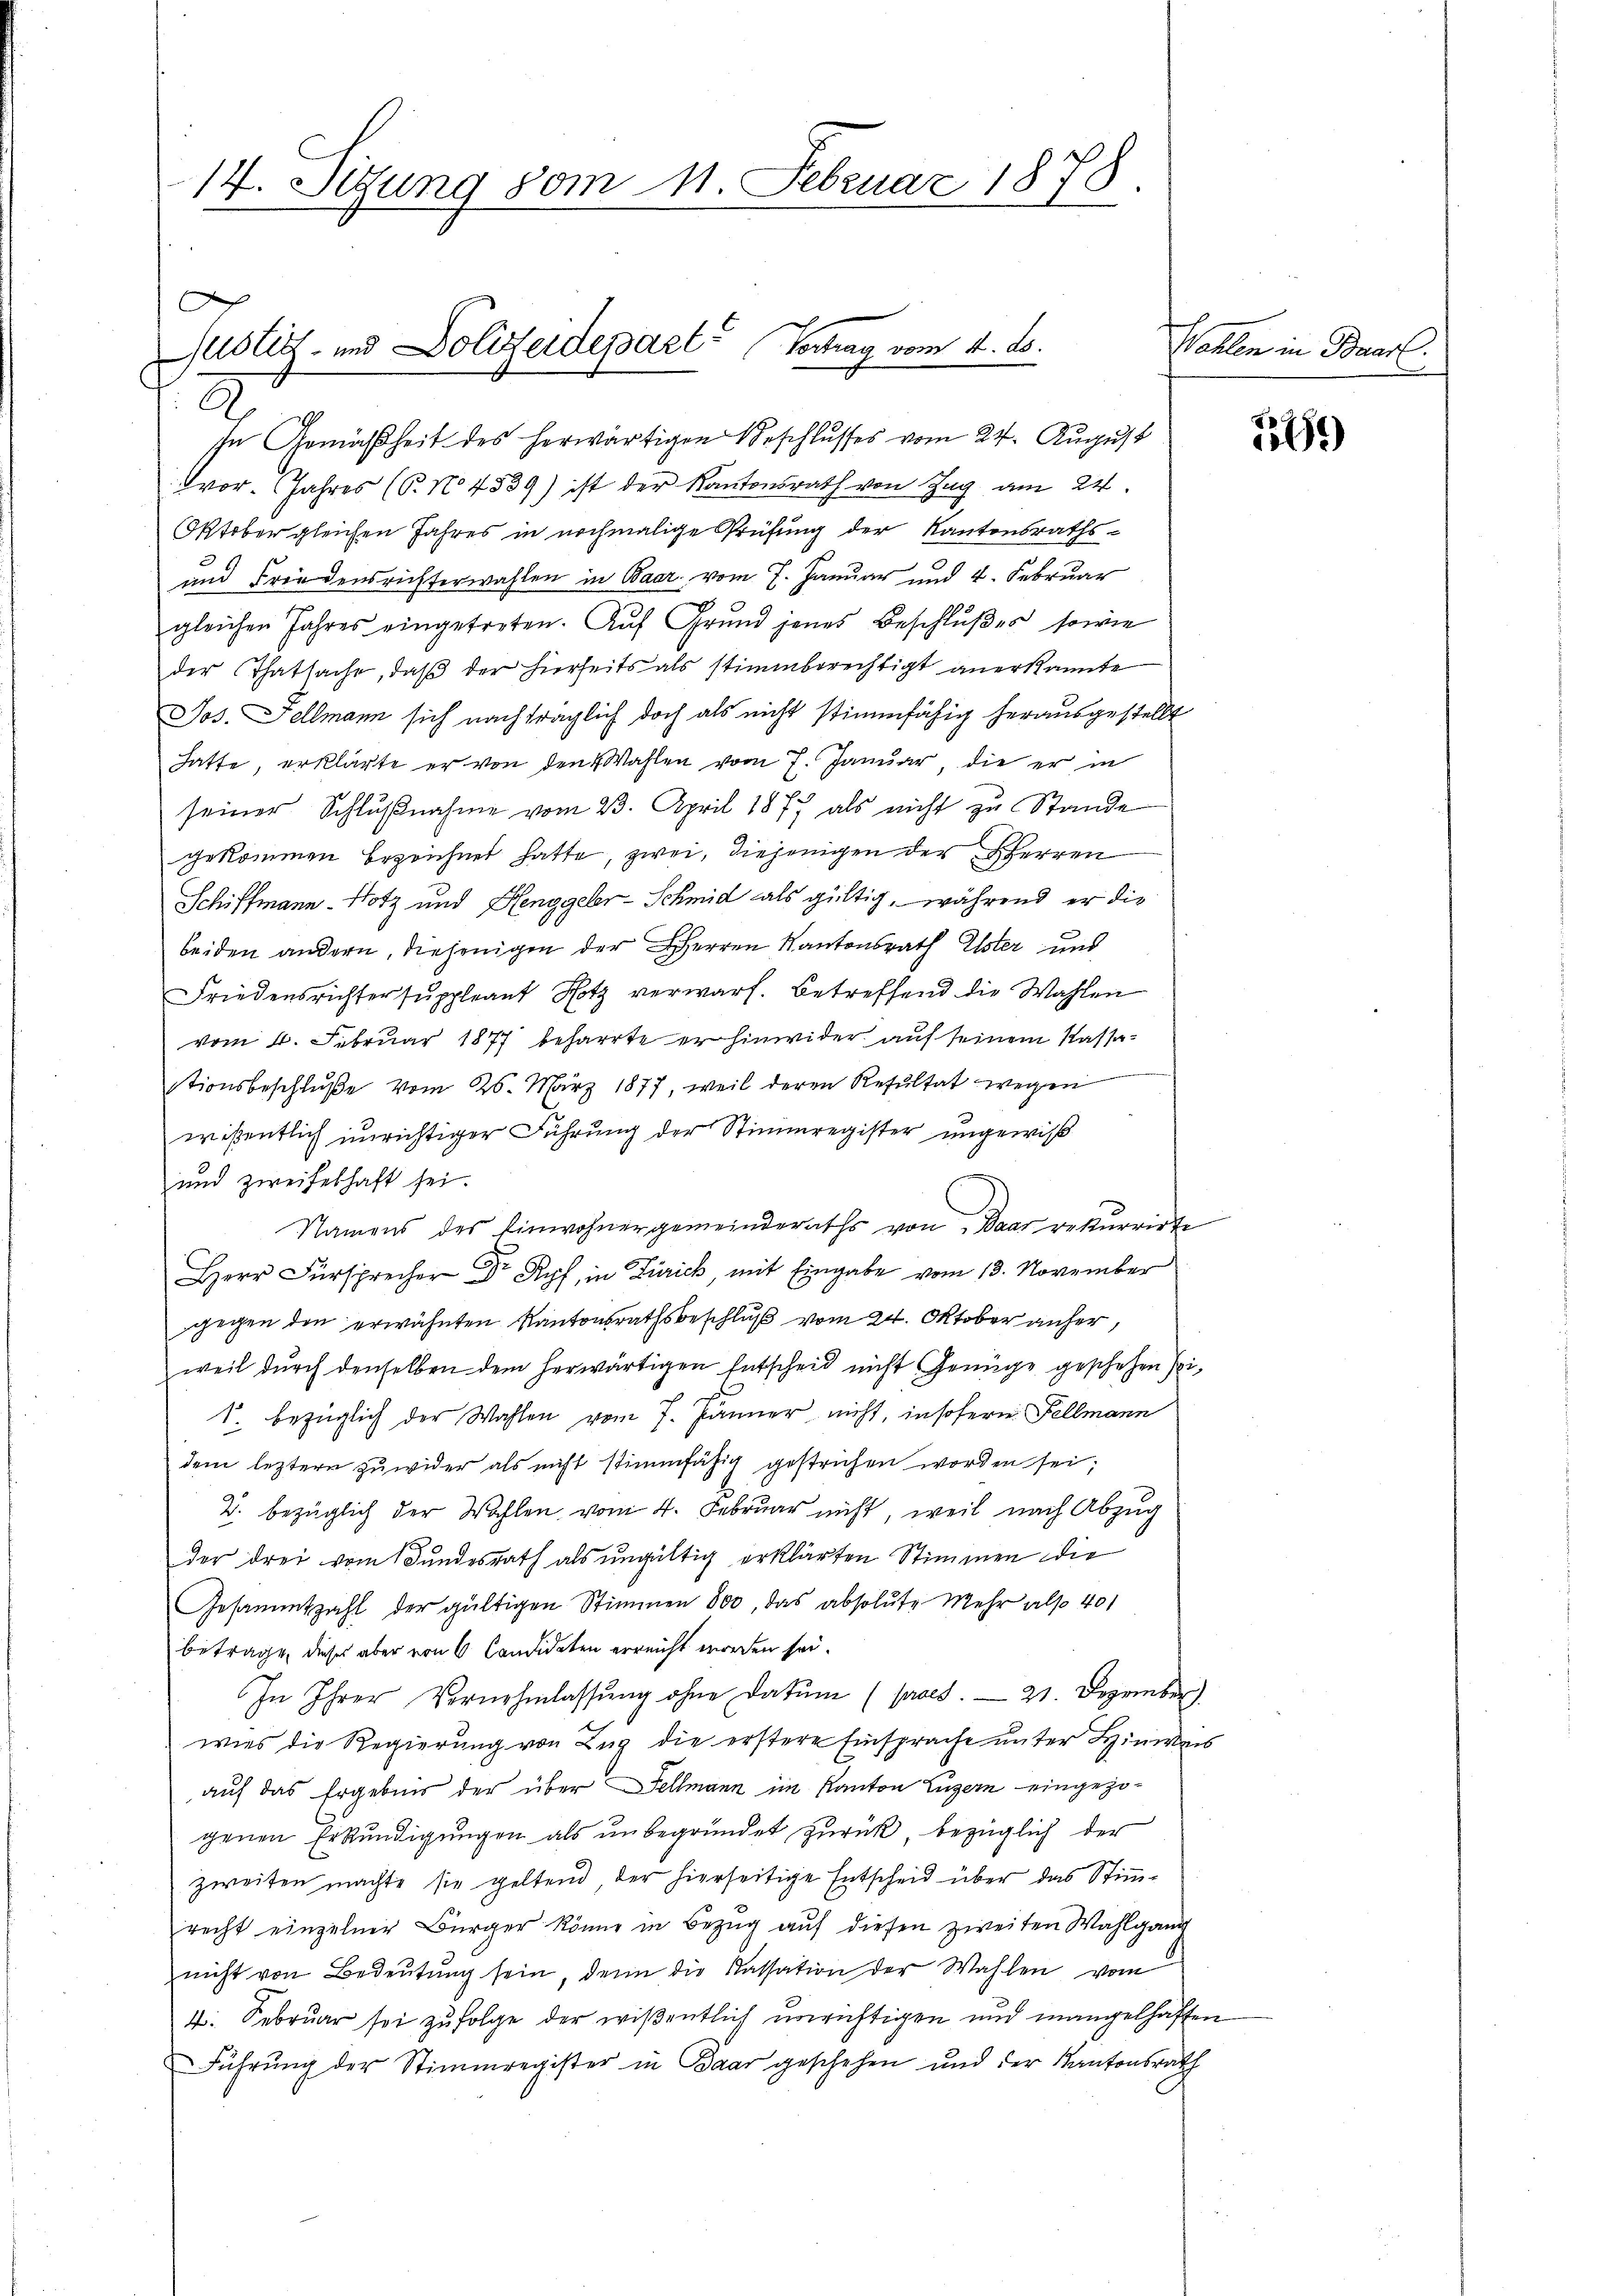
14. Sitzung vom 11. Februar 1878.

Justiz- und Dolizeidepart Vertrag vom 14. ds.

2.
sn Gemäßheit des herwärtigen Beschlusses vom 24. August
vor. Jahres (T. No 4539) ist der Kantonsrath von Zug am 24.
Oktober gleichen Jahres in nochmalige Prüfung der Kantonsraths-
und Friedensrichterwahlen in Baar vom 7. Januar und 4. Februar
gleichen Jahres eingetreten. Auf Grund jenes Beschlußes, sowie
der Thatsache, daß der hierheits als stimmberechtigt anerkannte
Jos. Fellmann sich nachträglich doch als nicht stimmfähig herausgestellt
hatte, erklärte er von den Wahlen vom 7. Januar, die er in
seiner Schlŭβnahme vom 23. April 187 als nicht zu Stande
gekommen bezeichnet hatte, zwei, diejenigen der Herren
Schiffmann Notz und Henggeler-Schmid als gültig, während er die
beiden andern, diejenigen der Herren Kantonsrath Elster und
Friedensrichter suppleant Hotz verwarf. betreffend die Wahlen
vom 4. Februar 1877 beharrte er hinwider auf seinem Kassastionsbeschluße vom 26. März 1877, weil deren Resultat wegen
wißentlich unrichtiger Führung der Stimmregister ungewiß
und zweifelhaft sei.
Namens des Einwohnergemeinderaths von Baar rekurrirte
i vom 13. November
gegen den erwähnten Kantonsrathsbeschluß vom 24. Oktober anher,
weil dŭrch denselben dem herwärtigen Entscheid nicht Genüge geschehen sei,
1. bezüglich der Wahlen vom 7. Jänner nicht, insofern Fellmann
dem leztere zuwider als nicht stimmfähig gestrichen worden sei;
2. bezüglich der Wahlen vom 4. Februar nicht, weil nach Abzug
der drei vom Bundesrath als ungültig erklärten Stimmen die
Gesammtzahl der gültigen Stimmen 800, das absolute Mehr also 401
betrage, dieses aber von 6 Candidaten erreicht worden sei.
In Ihrer Vernehmlassŭng ohne Datum (praes. 21. Dezember)
wies die Regierung von Zug die erstere Einsprache unter Hinweis
auf das Ergebnis der über Fellmann im Kanton Luzern eingezogenen Erkundigungen als unbegründet zurück, bezüglich der
zweiten machte sie geltend, der hierseitige Entscheid über das Stimrecht einzelner Bürger könne in Bezug auf diesen zweiten Wahlgang
nicht von Bedeutung sein, denn die Kassation der Wahlen vom
4. Februar sei zufolge der wißentlich unrichtigen und mangelhaften
Führŭng der Stimmregister in Paar geschehen und der Kantonsrath

Wahlen in Baar.

549)